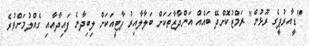
"ޑީއާރުޕީގެ ރޫޅުން" ރަމްޒުކޮށްދޭ ބައެއް އަންދާޒާތަކަށް ބަލާލާއިރު ޕާޓީއަކަށް ލިބިދާނެ ފައިދާއާއި ގެއްލުމަށްވުރެ